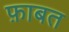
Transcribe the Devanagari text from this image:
फ़ाबत